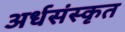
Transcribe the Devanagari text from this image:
अर्धसंस्कृत